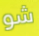
شو